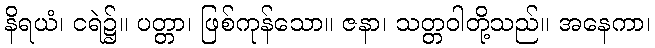
နိရယံ၊ ငရဲ၌။ ပတ္တာ၊ ဖြစ်ကုန်သော။ ဇနာ၊ သတ္တဝါတို့သည်။ အနေကာ၊